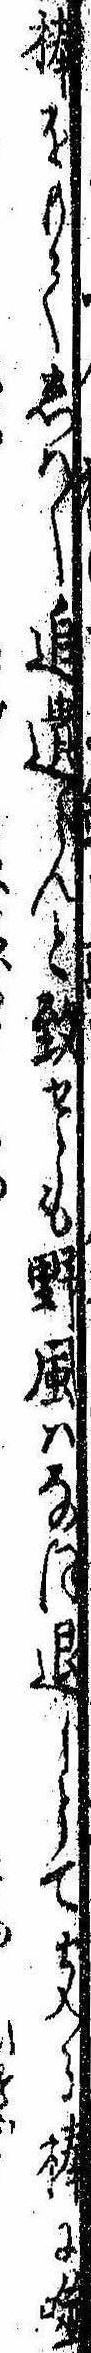
棒をもてしば〱追遣らんと致せども野風はなほ退じとて支る棒に噬